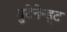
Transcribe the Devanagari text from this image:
बुटेनेन्ड्ट